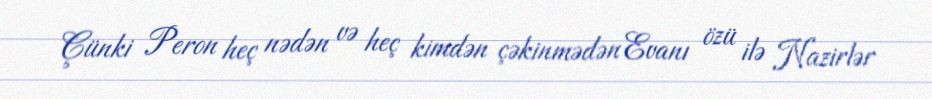
Çünki Peron heç nədən və heç kimdən çəkinmədən Evanı özü ilə Nazirlər